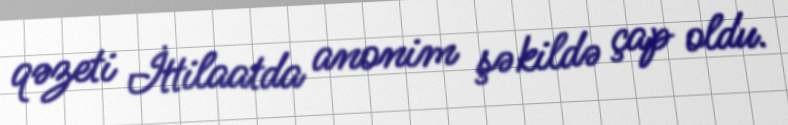
qəzeti İttilaatda anonim şəkildə çap oldu.